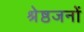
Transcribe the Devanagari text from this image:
श्रेष्ठजनों